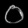
Digit: ၀